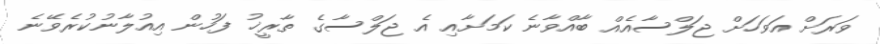
ވަރަށް އަވަހަށް ޖަލްސާއެއް ބާއްވާނެ ކަމަށާއި އެ ޖަލްސާގެ ތާރީޚު ފަހުން އިއުލާނުކުރެވޭނެ